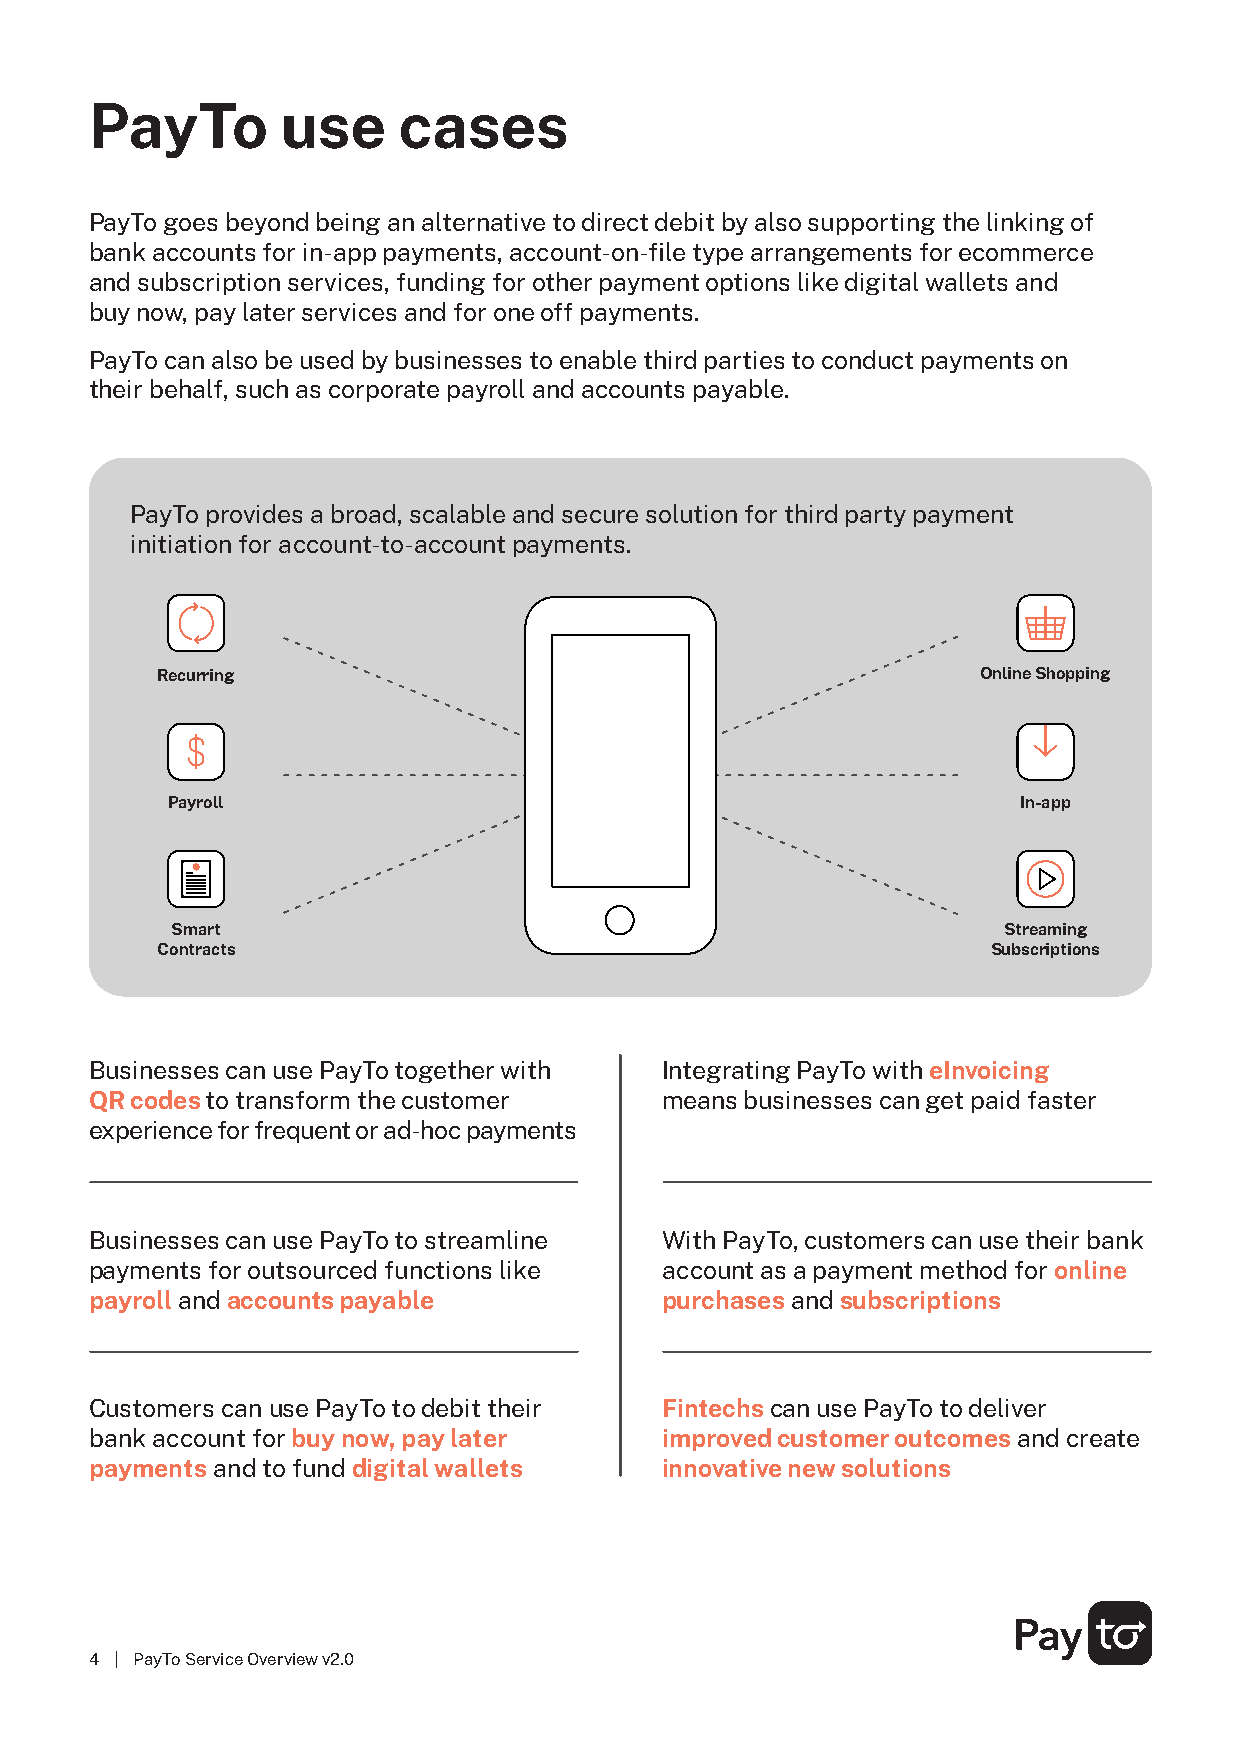
PayTo        use    cases
 PayTo goes beyond being an alternative to direct debit by also supporting the linking of
 bank accounts for in-app payments, account-on-file type arrangements for ecommerce
 and subscription services, funding for other payment options like digital wallets and
 buy now, pay later services and for one off payments.
 PayTo can also be used by businesses to enable third parties to conduct payments on
 their behalf, such as corporate payroll and accounts payable.
 PayTo provides a broad, scalable and secure solution for third party payment
 initiation for account-to-account payments.
 Recurring                                              Online Shopping
 Payroll                                                 In-app
 Smart                                                  Streaming
 Contracts                                               Subscriptions
 Businesses can use PayTo together with Integrating PayTo with eInvoicing
 QR codes to transform the customer    means businesses can get paid faster
 experience for frequent or ad-hoc payments
 Businesses can use PayTo to streamline With PayTo, customers can use their bank
 payments for outsourced functions like account as a payment method for online
 payroll and accounts payable          purchases and subscriptions
 Customers can use PayTo to debit their Fintechs can use PayTo to deliver
 bank account for buy now, pay later   improved customer outcomes and create
 payments and to fund digital wallets  innovative new solutions
 4 | PayTo Service Overview v2.0